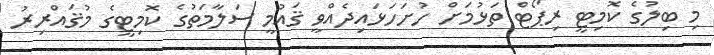
މި ބިލުގެ ކޮމިޓީ ރިޕޯޓް ތަޅުމަށް ހުށަހަޅައިދެއްވީ ޤައުމީ ސަލާމަތުގެ ކޮމިޓީގެ މުޤައްރިރު